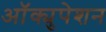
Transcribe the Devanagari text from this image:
आॅक्युपेशन